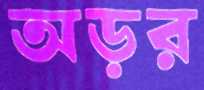
অড়র